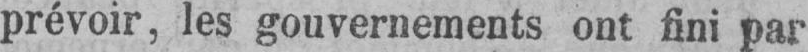
prévoir, les gouvernements ont fini par